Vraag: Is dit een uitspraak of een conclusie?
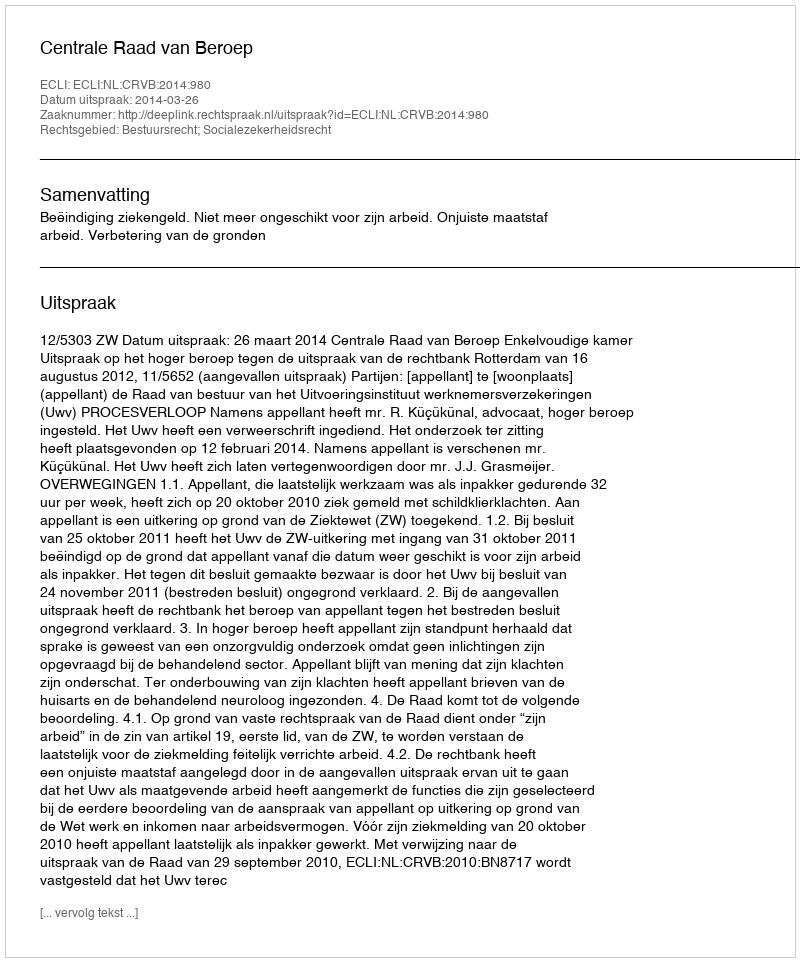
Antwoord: Uitspraak